Lunatic asylums in Bengal annual reports 1912-1924 - 1912-1924
Year: 1912
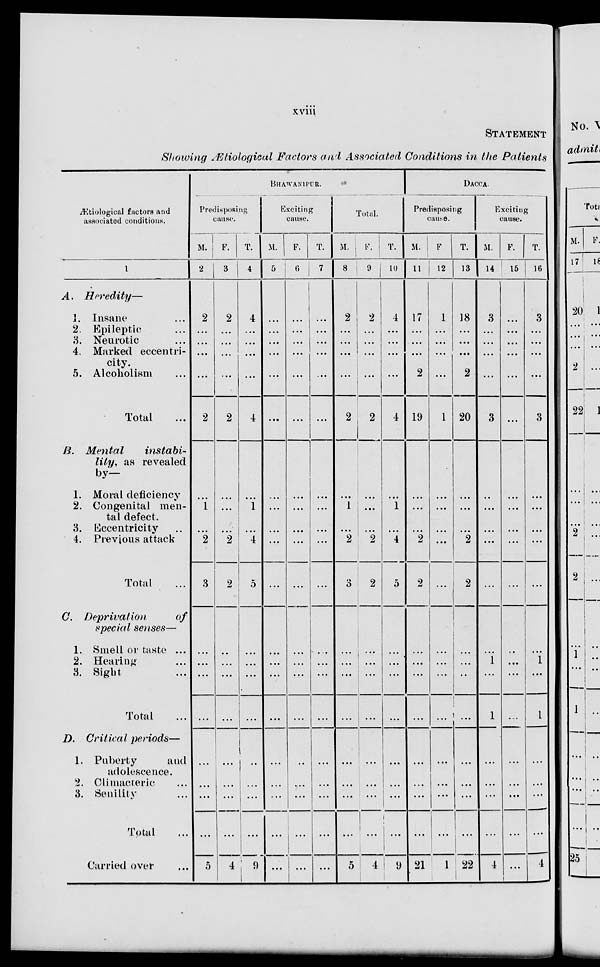
xviii
STATEMENT
Showing Ætiological Factors and Associated Conditions in the Patients
Ætiological factors and
associated conditions.
1
A.
Heredity—
1. Insane ...
2. Epileptic ...
3. Neurotic ...
4. Marked eccentri-
city.
5. Alcoholism ...
Total
B. Mental
instabi-
lity, as revealed
by—
1. Moral deficiency
2. Congenital men-
tal defect.
3. Eccentricity ...
4. Previous attack
Total ...
C. Deprivation
of
special senses—
1. Smell or taste ...
2. Hearing ...
3. Sight ...
Total ...
D. Critical periods—
1. Puberty
and
adolescence.
2. Climacteric ...
3. Senility ...
Total ...
Carried over ...
BHAWANIPUR.
Predisposing
cause.
M.
2
2
...
...
...
...
2
...
1
...
2
3
...
...
...
...
...
...
...
...
5
F.
3
2
...
...
...
...
2
...
...
...
2
2
...
...
...
...
...
...
...
...
4
T.
4
4
...
...
...
...
4
...
1
...
4
5
...
...
...
...
...
...
...
...
9
Exciting
cause.
M.
5
...
...
...
...
...
...
...
...
...
...
...
...
...
...
...
...
...
...
...
...
F.
6
...
...
...
...
...
...
...
...
...
...
...
...
...
...
...
...
...
...
...
...
T.
7
...
...
...
...
...
...
...
...
...
...
...
...
...
...
...
...
...
...
...
...
Total.
M.
8
2
...
...
...
...
2
...
1
...
2
3
...
...
...
...
...
...
...
...
5
F.
9
2
...
...
...
...
2
...
...
...
2
2
...
...
...
...
...
...
...
...
4
T.
10
4
...
...
...
...
4
...
1
...
4
5
...
...
...
...
...
...
...
...
9
DACCA.
Predisposing
cause.
M.
11
17
...
...
...
2
19
...
...
...
2
2
...
...
...
...
...
...
...
...
21
F.
12
1
...
...
...
...
1
...
...
...
...
...
...
...
...
...
...
...
...
...
1
T.
13
18
...
...
...
2
20
...
...
...
2
2
...
...
...
...
...
...
...
...
22
Exciting
cause.
M.
14
3
...
...
...
...
3
...
...
...
...
...
...
1
...
1
...
...
...
...
4
F.
15
...
...
...
...
...
...
...
...
...
...
...
...
...
...
...
...
...
...
...
...
T.
16
3
...
...
...
...
3
...
...
...
...
...
...
1
...
1
...
...
4